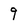
Character: 9